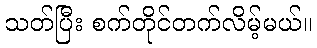
သတ်ပြီး စက်တိုင်တက်လိမ့်မယ်။